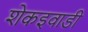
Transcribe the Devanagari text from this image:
शेकइवाडी